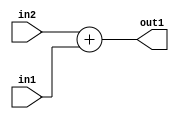
`timescale 1ps / 1ps
/*****************************************************************************
    Verilog RTL Description
    
    
    Created by: Stratus DpOpt 2019.1.01 
*******************************************************************************/

module DC_Filter_Add_10Ux9U_11U_4 (
	in2,
	in1,
	out1
	); /* architecture "behavioural" */ 
input [9:0] in2;
input [8:0] in1;
output [10:0] out1;
wire [10:0] asc001;

assign asc001 = 
	+(in2)
	+(in1);

assign out1 = asc001;
endmodule

/* CADENCE  ubDyQw8= : u9/ySgnWtBlWxVPRXgAZ4Og= ** DO NOT EDIT THIS LINE ******/